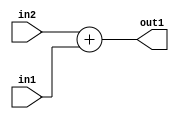
`timescale 1ps / 1ps
/*****************************************************************************
    Verilog RTL Description
    
    
    Created by: Stratus DpOpt 2019.1.01 
*******************************************************************************/

module DC_Filter_Add_10Ux9U_11U_4 (
	in2,
	in1,
	out1
	); /* architecture "behavioural" */ 
input [9:0] in2;
input [8:0] in1;
output [10:0] out1;
wire [10:0] asc001;

assign asc001 = 
	+(in2)
	+(in1);

assign out1 = asc001;
endmodule

/* CADENCE  ubDyQw8= : u9/ySgnWtBlWxVPRXgAZ4Og= ** DO NOT EDIT THIS LINE ******/